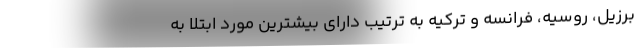
برزیل، روسیه، فرانسه و ترکیه به ترتیب دارای بیشترین مورد ابتلا به